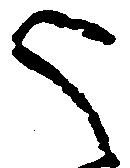
御